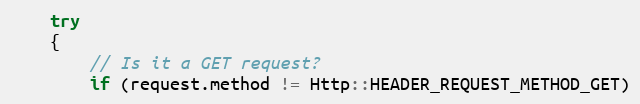
Language: C++
    try
    {
        // Is it a GET request?
        if (request.method != Http::HEADER_REQUEST_METHOD_GET)